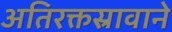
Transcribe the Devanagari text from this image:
अतिरक्तस्रावाने